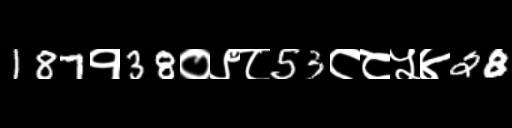
Text: 187१38०९८53८८५४28